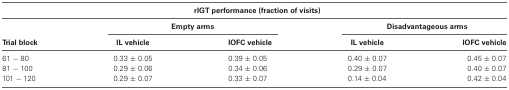
| <COLSPAN=5> rIGT performance (fraction of visits) |
 |  | <COLSPAN=2> Empty arms | <COLSPAN=2> Disadvantageous arms |
 | Trial block | IL vehicle | IOFC vehicle | IL vehicle | IOFC vehicle |
 | --- | --- | --- | --- | --- |
 | 61 − 80 | 0.33 ± 0.05 | 0.39 ± 0.05 | 0.40 ± 0.07 | 0.45 ± 0.07 |
 | 81 − 100 | 0.29 ± 0.06 | 0.34 ± 0.06 | 0.29 ± 0.07 | 0.40 ± 0.07 |
 | 101 − 120 | 0.29 ± 0.07 | 0.33 ± 0.07 | 0.14 ± 0.04 | 0.42 ± 0.04 |